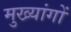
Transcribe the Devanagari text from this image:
मुख्यांगों